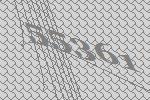
55361